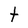
Character: t